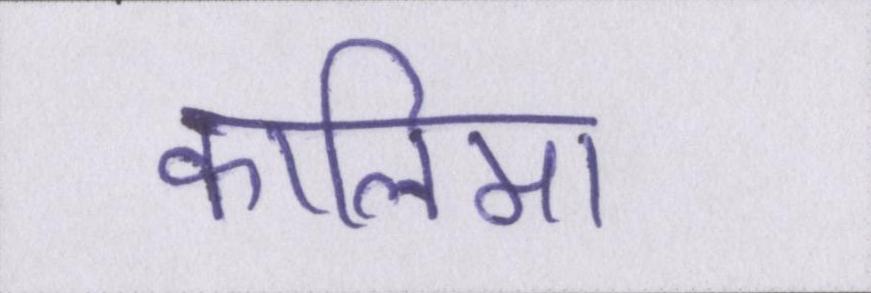
कालिमा